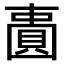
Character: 𫠾